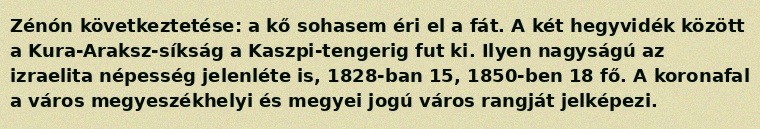
Zénón következtetése: a kő sohasem éri el a fát. A két hegyvidék között a Kura-Araksz-síkság a Kaszpi-tengerig fut ki. Ilyen nagyságú az izraelita népesség jelenléte is, 1828-ban 15, 1850-ben 18 fő. A koronafal a város megyeszékhelyi és megyei jogú város rangját jelképezi.